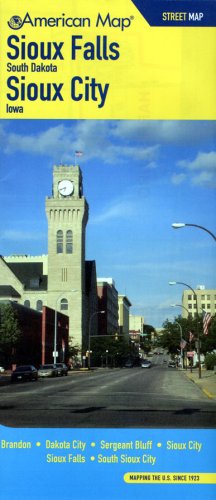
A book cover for Sioux Falls SD / Sioux City Ia Street Map; Travel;